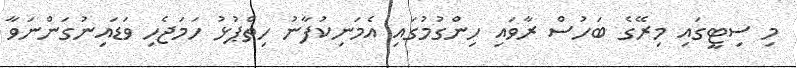
މި ސިޓީގައި މިރޭގެ ބަހުސް ރާވައި ހިންގުމުގައި އެމަނިކުފާނު ހިތްޕުޅު ހަމަޖެހި ވަޑައިނުގަންނަވާ